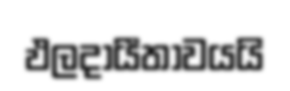
ඵලදායීතාවයයි